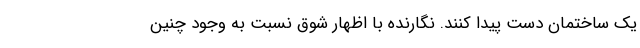
یک ساختمان دست پیدا کنند. نگارنده با اظهار شوق نسبت به وجود چنین